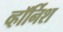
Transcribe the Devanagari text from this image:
व्हॉर्निश